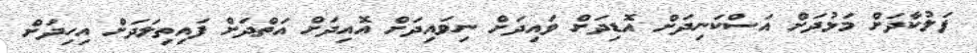
ފަލުކާދަށް މަޅުދަށް އަސްކަނިދަށް އޮޑިދަށް ވައިދަށް ނިވައިދަށް އޮއިދަށް އަތްދަށް ފައިތިލަދަށް އިހިދަށް